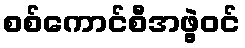
စစ်ကောင်စီအဖွဲ့ဝင်